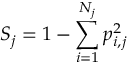
S _ { j } = 1 - \sum _ { i = 1 } ^ { N _ { j } } p _ { i , j } ^ { 2 }